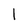
Character: l